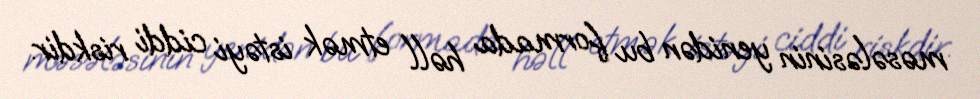
məsələsinin yenidən bu formada həll etmək istəyi ciddi riskdir.